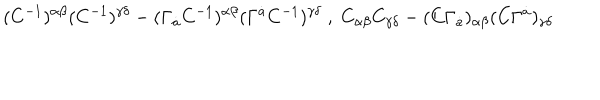
( C ^ { - 1 } ) ^ { \alpha \beta } ( C ^ { - 1 } ) ^ { \gamma \delta } - ( \Gamma _ { \dot { a } } C ^ { - 1 } ) ^ { \alpha \beta } ( \Gamma ^ { \dot { a } } C ^ { - 1 } ) ^ { \gamma \delta } \; , \; C _ { \alpha \beta } C _ { \gamma \delta } - ( C \Gamma _ { \dot { a } } ) _ { \alpha \beta } ( C \Gamma ^ { \dot { a } } ) _ { \gamma \delta }